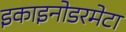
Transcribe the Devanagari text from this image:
इकाइनोडरमेटा